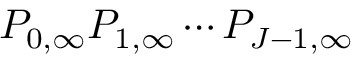
P _ { 0 , \infty } P _ { 1 , \infty } \cdots P _ { J - 1 , \infty }